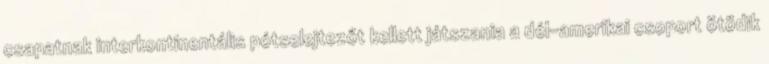
csapatnak interkontinentális pótselejtezőt kellett játszania a dél-amerikai csoport ötödik